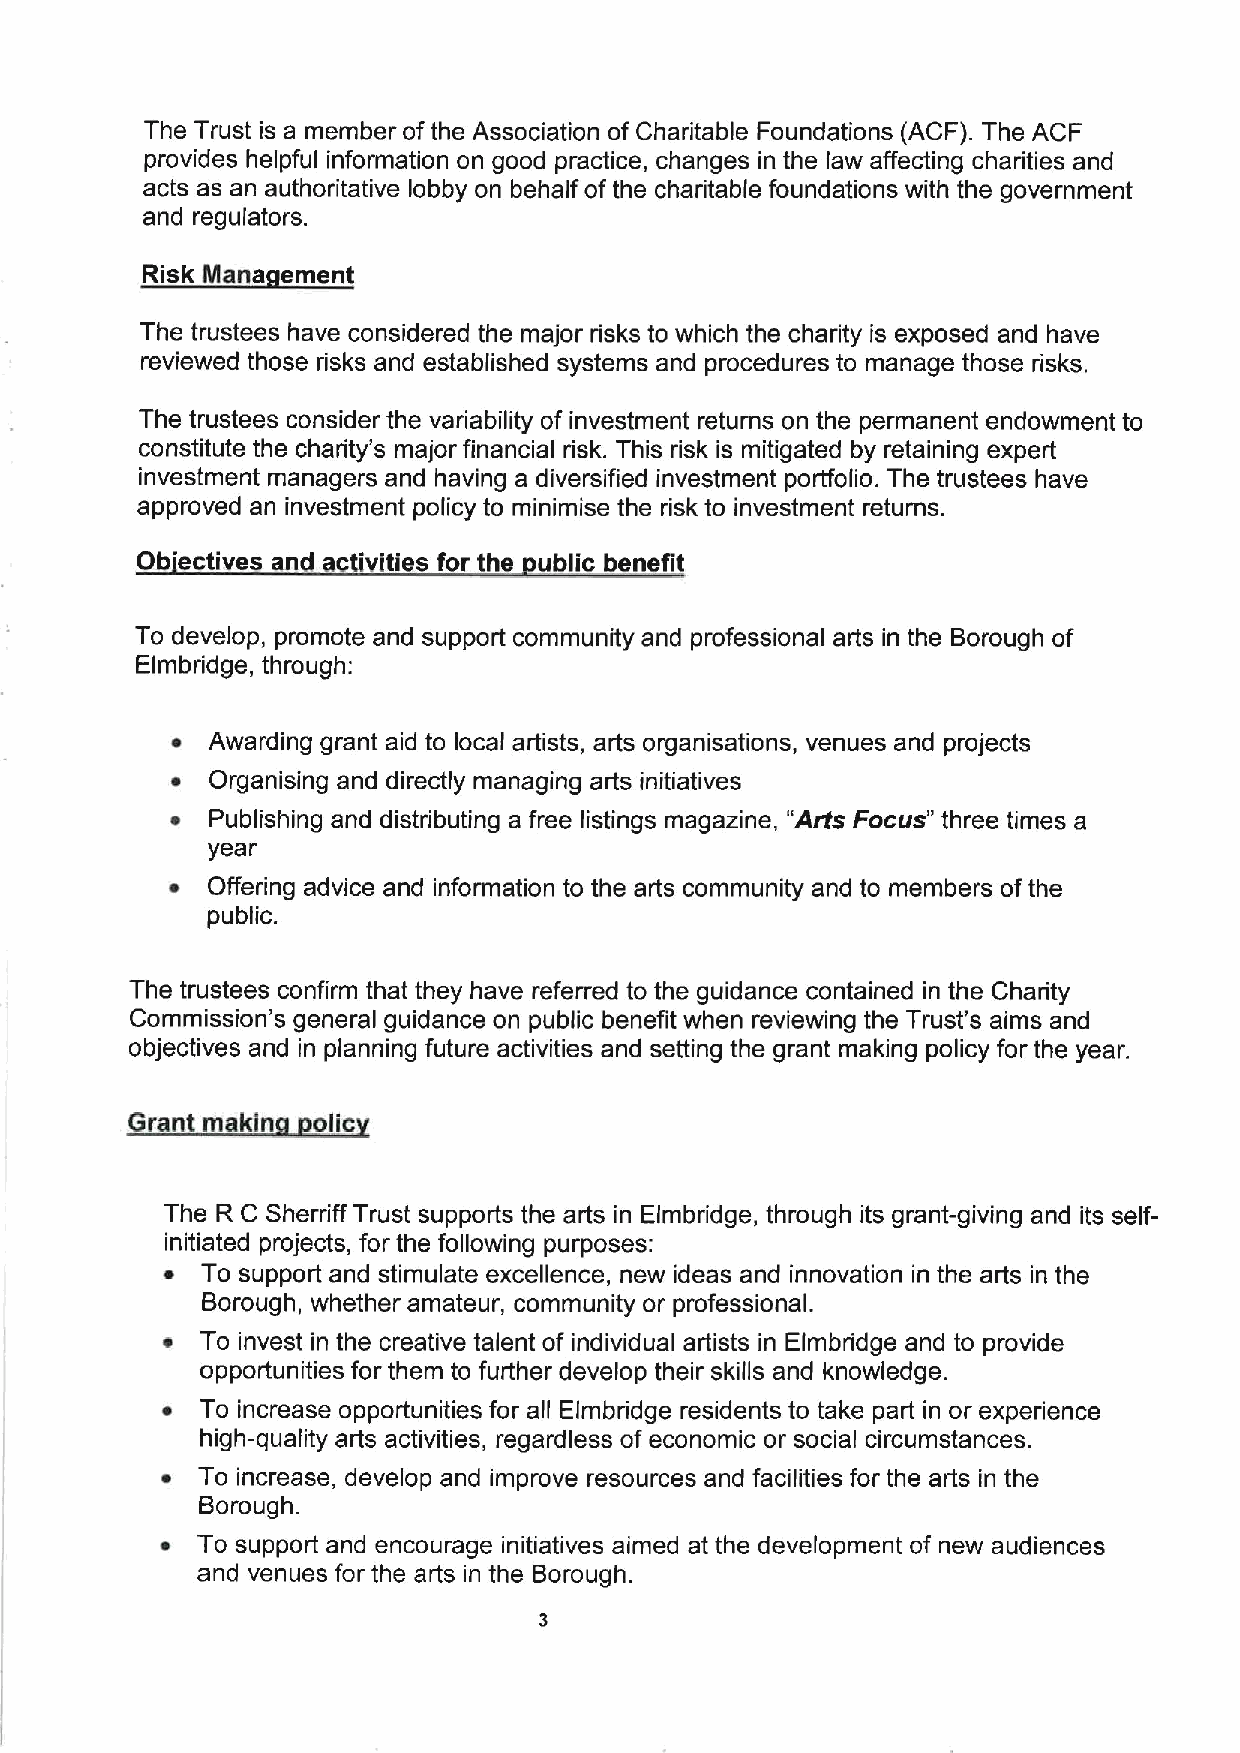
The Trust is a member ofthe Association of Charitable Foundations (ACF). The ACF
 provides helpful information on good practice, changes in the law affecting charities and
 acts as an authoritative lobby on behalf of the charitable foundations with the government
 and regulators.
 Risk liana ement
 The trustees have considered the major risks to which the charity is exposed and have
 reviewed those risks and established systems and procedures to manage those risks.
 The trustees consider the variability of investment returns on the permanent endowment to
 constitute the charity's major financial risk. This risk is mitigated by retaining expert
 investment managers and having a diversified investment portfolio. The trustees have
 approved an investment policy to minimise the risk to investment returns.
 Ob ectives and activities for the ublic benefit
 To develop, promote and support community and professional arts in the Borough of
 Elmbridge, through:
 ~  Awarding grant aid to local artists, arts organisations, venues and projects
 ~  Organising and directly managing arts initiatives
 ~  Publishing and distributing a free listings magazine, "Arts Focus" three times a
 year
 ~  Offering advice and information to the arts community and to members ofthe
 public.
 The trustees confirm that they have referred to the guidance contained in the Charity
 Commission's general guidance on public benefit when reviewing the Trust's aims and
 objectives and in planning future activities and setting the grant making policy for the year.
 Grant makin  olic
 The R C Sherriff Trust supports the arts in Elmbridge, through its grant-giving and its self-
 initiated projects, for the following purposes:
 ~ To support and stimulate excellence, new ideas and innovation in the arts in the
 Borough, whether amateur, community or professional.
 ~ To invest in the creative talent of individual artists in Elmbridge and to provide
 opportunities for them to further develop their skills and knowledge.
 ~ To increase opportunities for all Elmbridge residents to take part in or experience
 high-quality arts activities, regardless of economic or social circumstances.
 ~ To increase, develop and improve resources and facilities for the arts in the
 Borough.
 ~ To support and encourage initiatives aimed at the development of new audiences
 and venues for the arts in the Borough.